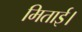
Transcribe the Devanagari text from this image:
मिताई।